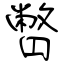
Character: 瞥